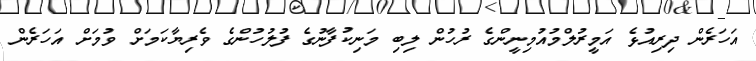
އަހަރެން ދިރިއުޅެ އަމީރުލްމުއުމިނީންގެ ރުހުން ލިބި މަނިކުފާނުގެ ފުލުހުންގެ ވެރިޔާކަމަށް ވުމަށް އަހަރެން